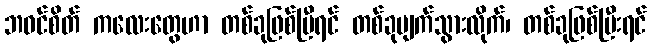
ဘဝင်စိတ် ကလေးတွေဟာ တစ်ခုဖြစ်ပြီရင် တစ်ခုပျက်သွားလိုက်၊ တစ်ခုဖြစ်ပြီးရင်